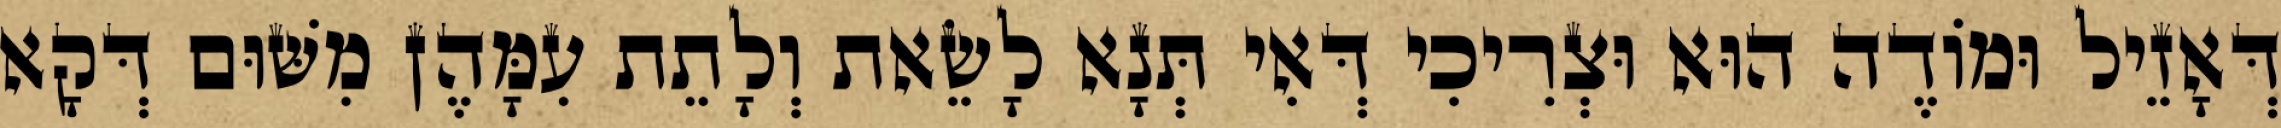
דְּאָזֵיל וּמוֹדֶה הוּא וּצְרִיכִי דְּאִי תְּנָא לָשֵׂאת וְלָתֵת עִמָּהֶן מִשּׁוּם דְּקָא